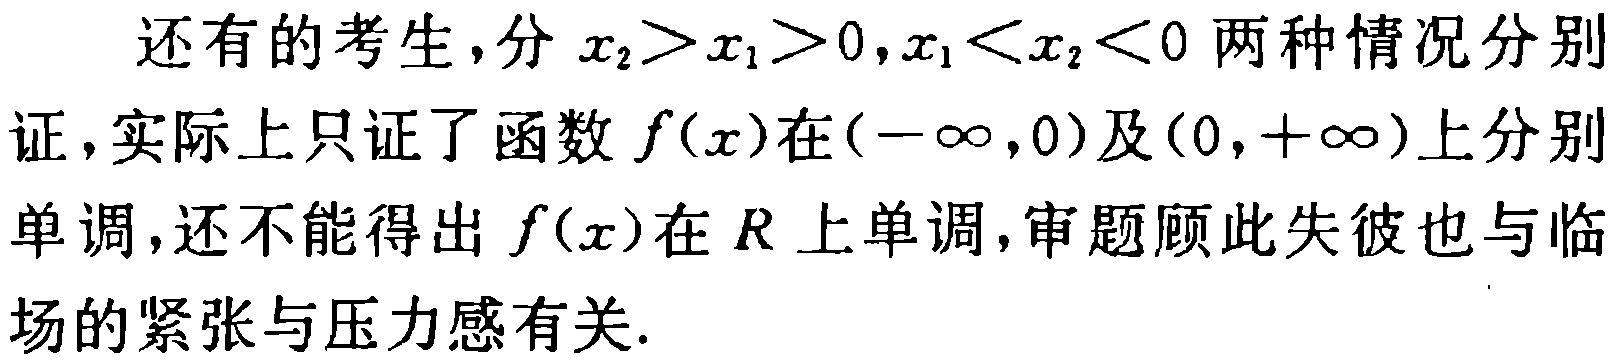
还有的考生，分\(x_{2}>x_{1}>0,x_{1}<x_{2}<0\)两种情况分别证，实际上只证了函数\(f(x)\)在\((-\infty,0)\)及\((0,+\infty)\)上分别单调，还不能得出\(f(x)\)在\(R\)上单调，审题顾此失彼也与临场的紧张与压力感有关.